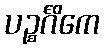
ပဉ္စင်္ဂိကေ